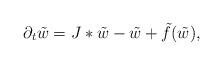
LaTeX: \begin{align*} \partial _t \tilde{w}=J\ast \tilde{w}-\tilde{w}+\tilde{f}(\tilde{w}), \end{align*}